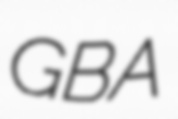
GBA